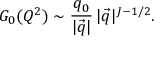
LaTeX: G _ { 0 } ( Q ^ { 2 } ) \sim \frac { q _ { 0 } } { | \vec { q } | } \, | \vec { q } | ^ { J - 1 / 2 } .